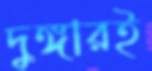
দুঙ্গারই